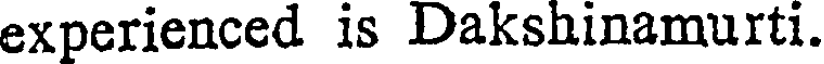
experienced is Dakshinamurti.